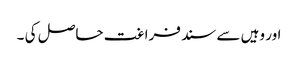
اور وہیں سے سند فراغت حاصل کی ۔